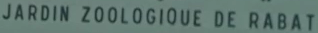
JARDIN ZOOLOGIQUE DE R